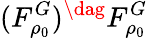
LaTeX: (F_{\rho_{0}}^{G})^{\dag}F_{\rho_{0}}^{G}